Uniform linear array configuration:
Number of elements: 48
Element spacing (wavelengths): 0.75
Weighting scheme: binomial
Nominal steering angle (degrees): -45
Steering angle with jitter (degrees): -43.153
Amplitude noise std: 0.05
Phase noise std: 0.05

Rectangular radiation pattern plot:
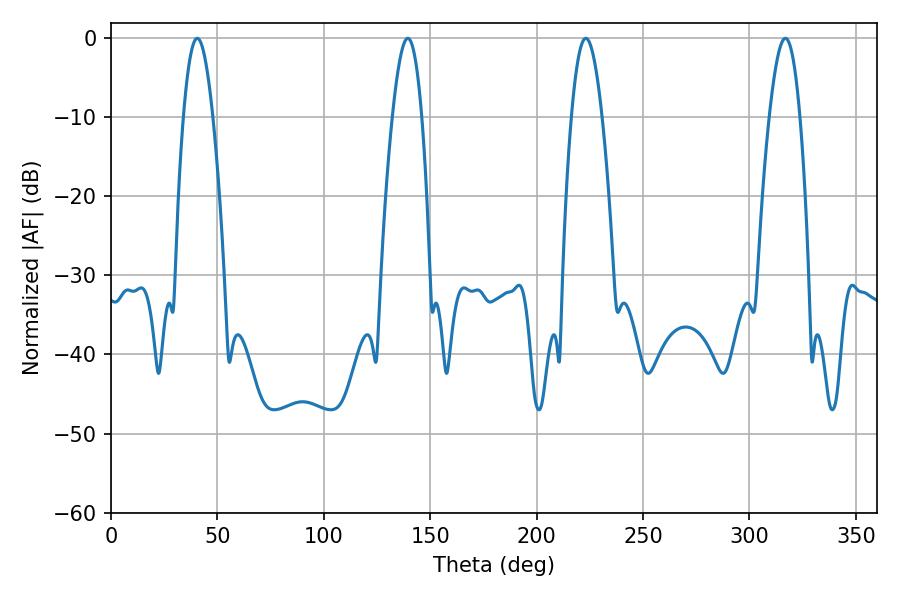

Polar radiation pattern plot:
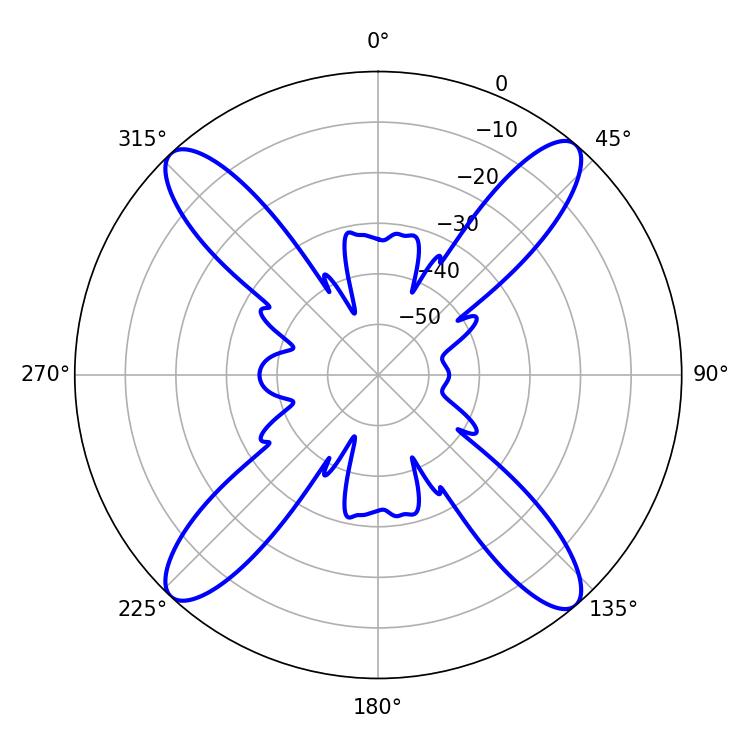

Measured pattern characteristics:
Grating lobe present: TRUE
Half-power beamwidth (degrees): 7.56
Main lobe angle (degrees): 40.5